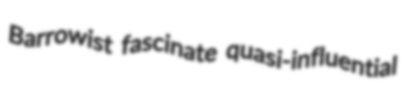
Barrowist fascinate quasi-influential